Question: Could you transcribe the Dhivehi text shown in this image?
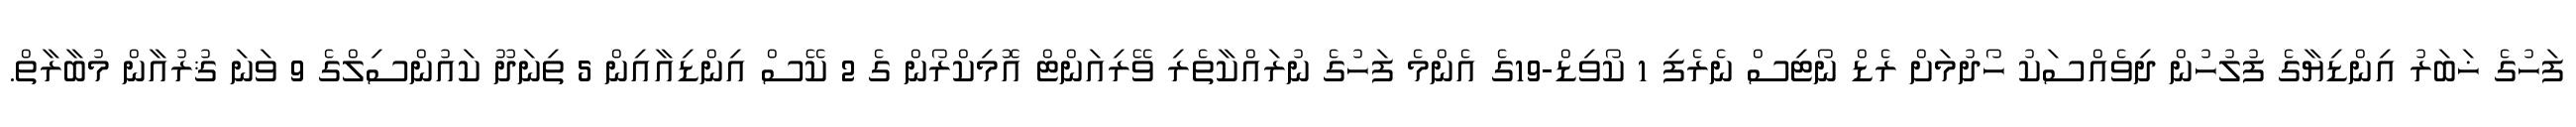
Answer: ފަހުގެ ޚަބަރު އިންޑިޔާގެ ފުލުހުން ދިވެއްސަކު ހޯދުމަށް ރެޑް ނޯޓިސް ނެރެފި 1 ކޯވިޑް-19ގެ އެންމެ ފަހުގެ ނުރައްކާތެރި ވޭރިއަންޓް އޮމިކްރޯން ގެ 2 ކޭސް އިންޑިއާއިން 5 ތިނަދޫ ކައުންސިލްގެ 9 ވަނަ ޤުރުއާން މުބާރާތް.